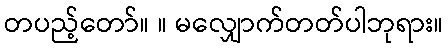
တပည့်တော်။ ။ မလျှောက်တတ်ပါဘုရား။